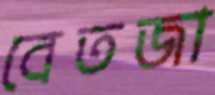
বেতজা